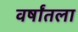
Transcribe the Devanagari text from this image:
वर्षांतला